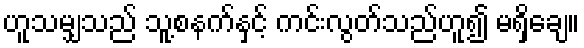
ဟူသမျှသည် သူ့စနက်နှင့် ကင်းလွတ်သည်ဟူ၍ မရှိချေ။